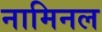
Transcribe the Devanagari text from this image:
नामिनल